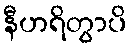
နီဟရိတွာပိ